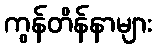
ကွန်တိန်နာများ